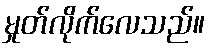
မှုတ်လိုက်လေသည်။